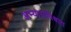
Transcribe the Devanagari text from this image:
अभ्यासविश्वात